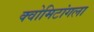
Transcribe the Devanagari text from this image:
क्वोमिटांगला